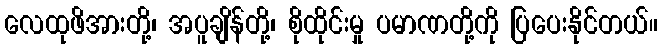
လေထုဖိအားတို့၊ အပူချိန်တို့၊ စိုထိုင်းမှု ပမာဏတို့ကို ပြပေးနိုင်တယ်။